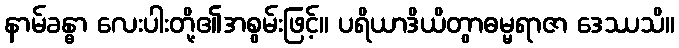
နာမ်ခန္ဓာ လေးပါးတို့၏အစွမ်းဖြင့်။ ပရိယာဒိယိတွာဓမ္မရာဇာ ဒေဿသိ။